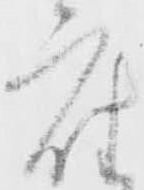
座